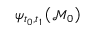
\psi _ { t _ { 0 } , t _ { 1 } } \left( \mathcal { M } _ { 0 } \right)